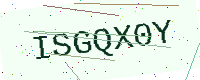
Text: ISGQX0Y